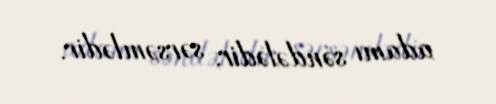
adamı səndələdir, sərsəmlədir.